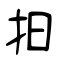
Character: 抇